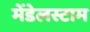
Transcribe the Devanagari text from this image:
मेंडेलस्टाम